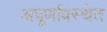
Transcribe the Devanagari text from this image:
अपूर्णावस्थेत